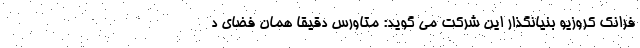
فرانک کروزیو بنیانگذار این شرکت می گوید: متاورس دقیقا همان فضای د